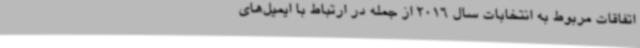
اتفاقات مربوط به انتخابات سال 2016 از جمله در ارتباط با ایمیل‌های